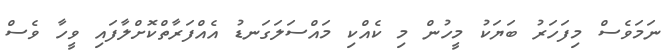
ނަމަވެސް މިފަހަރު ބަޔަކު މީހުން މި ކެއްކި މައްސަލަގަނޑު އެއްފަރާތްކޮށްލާފައި ވީހާ ވެސް